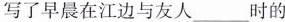
写了早晨在江边与友人___时的